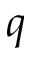
q